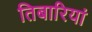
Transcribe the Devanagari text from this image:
तिबारियां